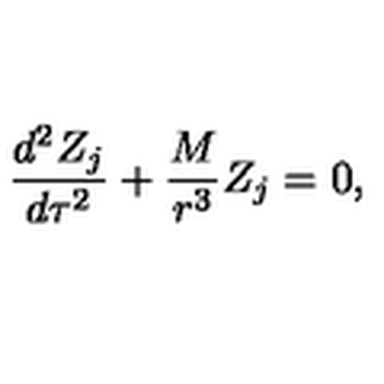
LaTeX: \frac { d ^ { 2 } Z _ { j } } { d \tau ^ { 2 } } + \frac M { r ^ { 3 } } Z _ { j } = 0 ,